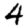
Digit: 4